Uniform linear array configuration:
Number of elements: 32
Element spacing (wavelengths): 0.75
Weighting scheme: binomial
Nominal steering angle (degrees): -60
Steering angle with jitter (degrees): -60.422
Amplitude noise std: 0.05
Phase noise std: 0.05

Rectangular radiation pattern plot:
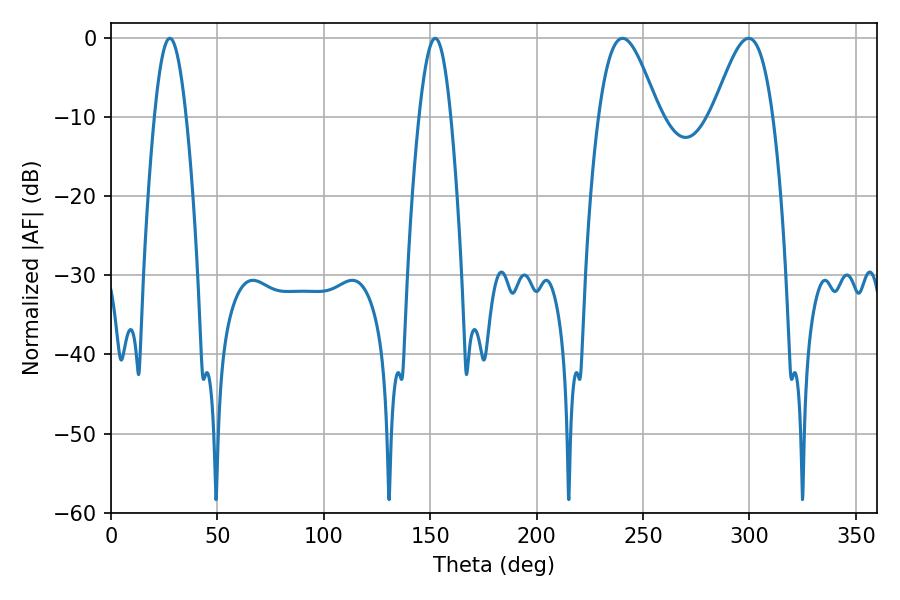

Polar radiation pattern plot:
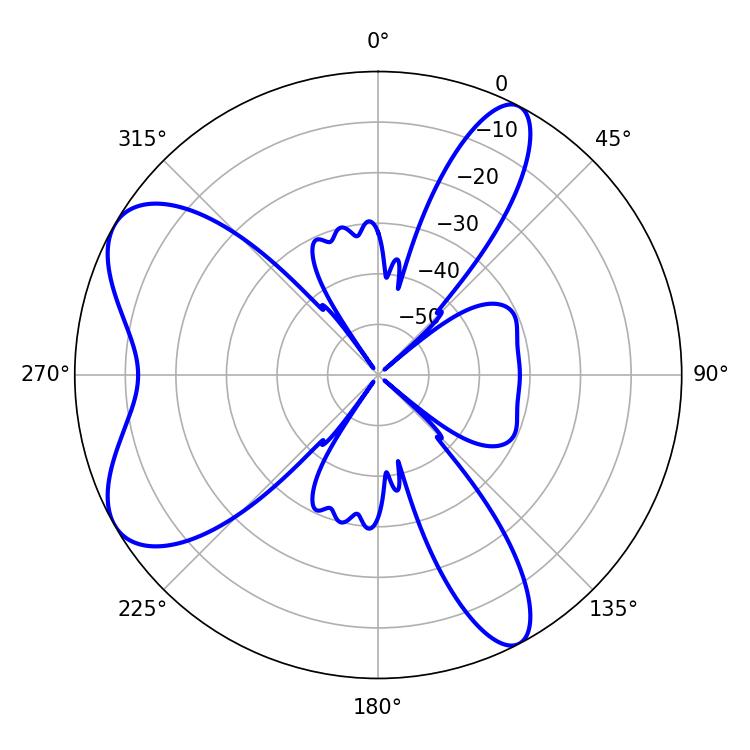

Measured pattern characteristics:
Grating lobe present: TRUE
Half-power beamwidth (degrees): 14.94
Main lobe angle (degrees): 240.3